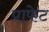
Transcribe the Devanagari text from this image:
प्राफेट